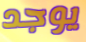
يوجد